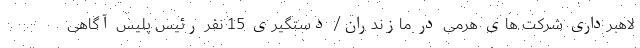
لاهبرداری شرکت های هرمی در مازندران/ دستگیری 15 نفر رئیس پلیس آگاهی